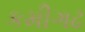
કમીગઢ